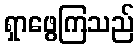
ရှာဖွေကြသည်